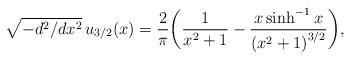
LaTeX: \begin{align*} \sqrt{-d^2/dx^2} \, u_{3/2}(x) = \frac{2}{\pi} \bigg( \frac{1}{x^2+1}-\frac{x \sinh^{-1}x}{\left(x^2+1\right)^{3/2}} \bigg),\end{align*}